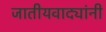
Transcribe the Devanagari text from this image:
जातीयवाद्यांनी